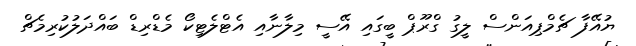
ޔުއޭފާ ޗެމްޕިއަންސް ލީގު ގްރޫޕް ބީގައި އޭސީ މިލާނާއި އެޓްލެޓިކޯ މެޑްރިޑް ބައްދަލުކުރިމެޗް